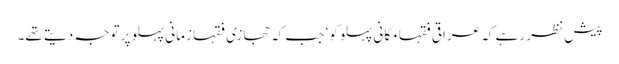
پیش نظر رہے کہ عراقی فقہا مکانی پہلو کو‘ جب کہ حجازی فقہا زمانی پہلو پر توجہ دیتے تھے۔